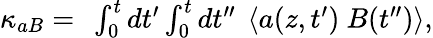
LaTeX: \begin{array}{r}{\kappa_{aB}=\ \int_{0}^{t}dt^{\prime}\int_{0}^{t}dt^{\prime\prime}\ \left\langle a(z,t^{\prime})\ B(t^{\prime\prime})\right\rangle,}\end{array}